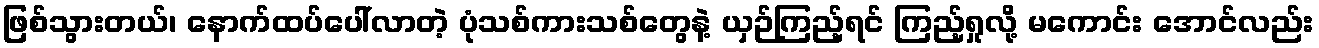
ဖြစ်သွားတယ်၊ နောက်ထပ်ပေါ်လာတဲ့ ပုံသစ်ကားသစ်တွေနဲ့ ယှဉ်ကြည့်ရင် ကြည့်ရှုလို့ မကောင်း အောင်လည်း